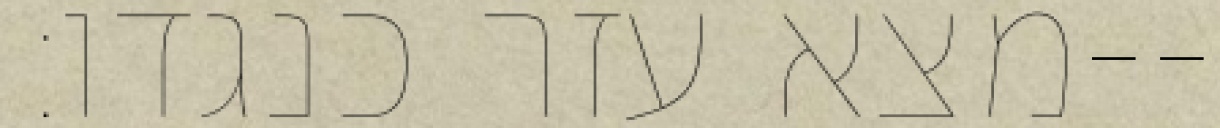
מצא עזר כנגדו׃--